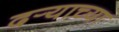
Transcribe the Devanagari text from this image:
दर्‍याच्या